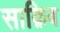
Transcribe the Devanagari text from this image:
साक़िब